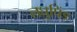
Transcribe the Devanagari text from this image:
लघुपिंड